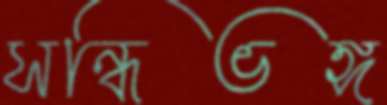
সন্ধিভঙ্গ